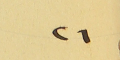
٢٦